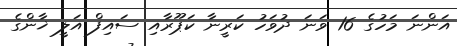
އަންނަ މަހުގެ 16 ވަނަ ދުވަހު ކަރީނާ ކަޕޫރާއި ސައިފް އަލީ ޚާންގެ